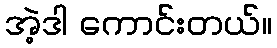
အဲ့ဒါ ကောင်းတယ်။